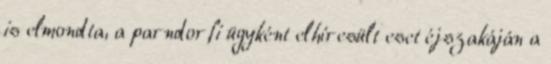
is elmondta, a parndorfi ügyként elhíresült eset éjszakáján a